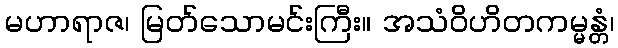
မဟာရာဇ၊ မြတ်သောမင်းကြီး။ အသံဝိဟိတကမ္မန္တံ၊